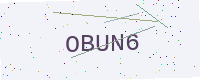
Text: OBUN6